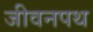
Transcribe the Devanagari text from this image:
जीवनपथ